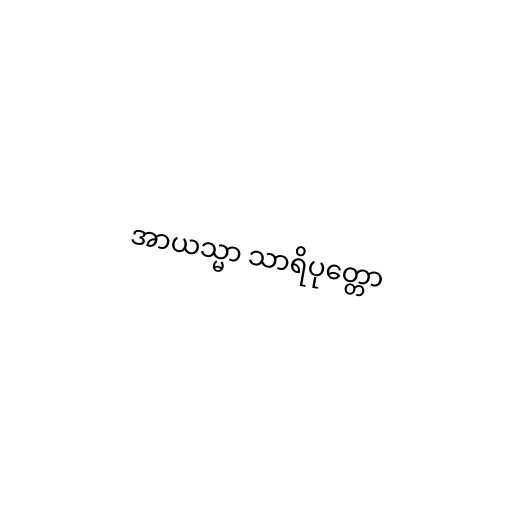
အာယသ္မာ သာရိပုတ္တော